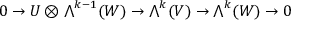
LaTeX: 0 \to U \otimes { \textstyle \bigwedge } ^ { k - 1 } ( W ) \to { \textstyle \bigwedge } ^ { k } ( V ) \to { \textstyle \bigwedge } ^ { k } ( W ) \to 0